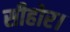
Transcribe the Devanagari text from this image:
सीहोर।